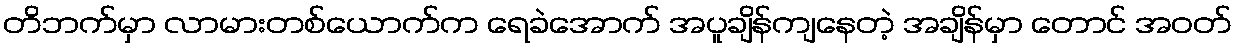
တိဘက်မှာ လာမားတစ်ယောက်က ရေခဲအောက် အပူချိန်ကျနေတဲ့ အချိန်မှာ တောင် အဝတ်